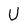
Character: U